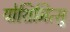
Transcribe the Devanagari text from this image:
योशिमित्सु